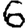
Digit: 6